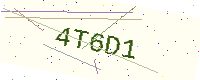
Text: 4T6D1